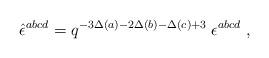
LaTeX: \begin{align*}\hat{\epsilon}^{abcd} = q^{-3\Delta(a)-2\Delta(b)-\Delta(c) +3}\;\epsilon^{abcd} \;,\end{align*}